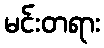
မင်းတရား